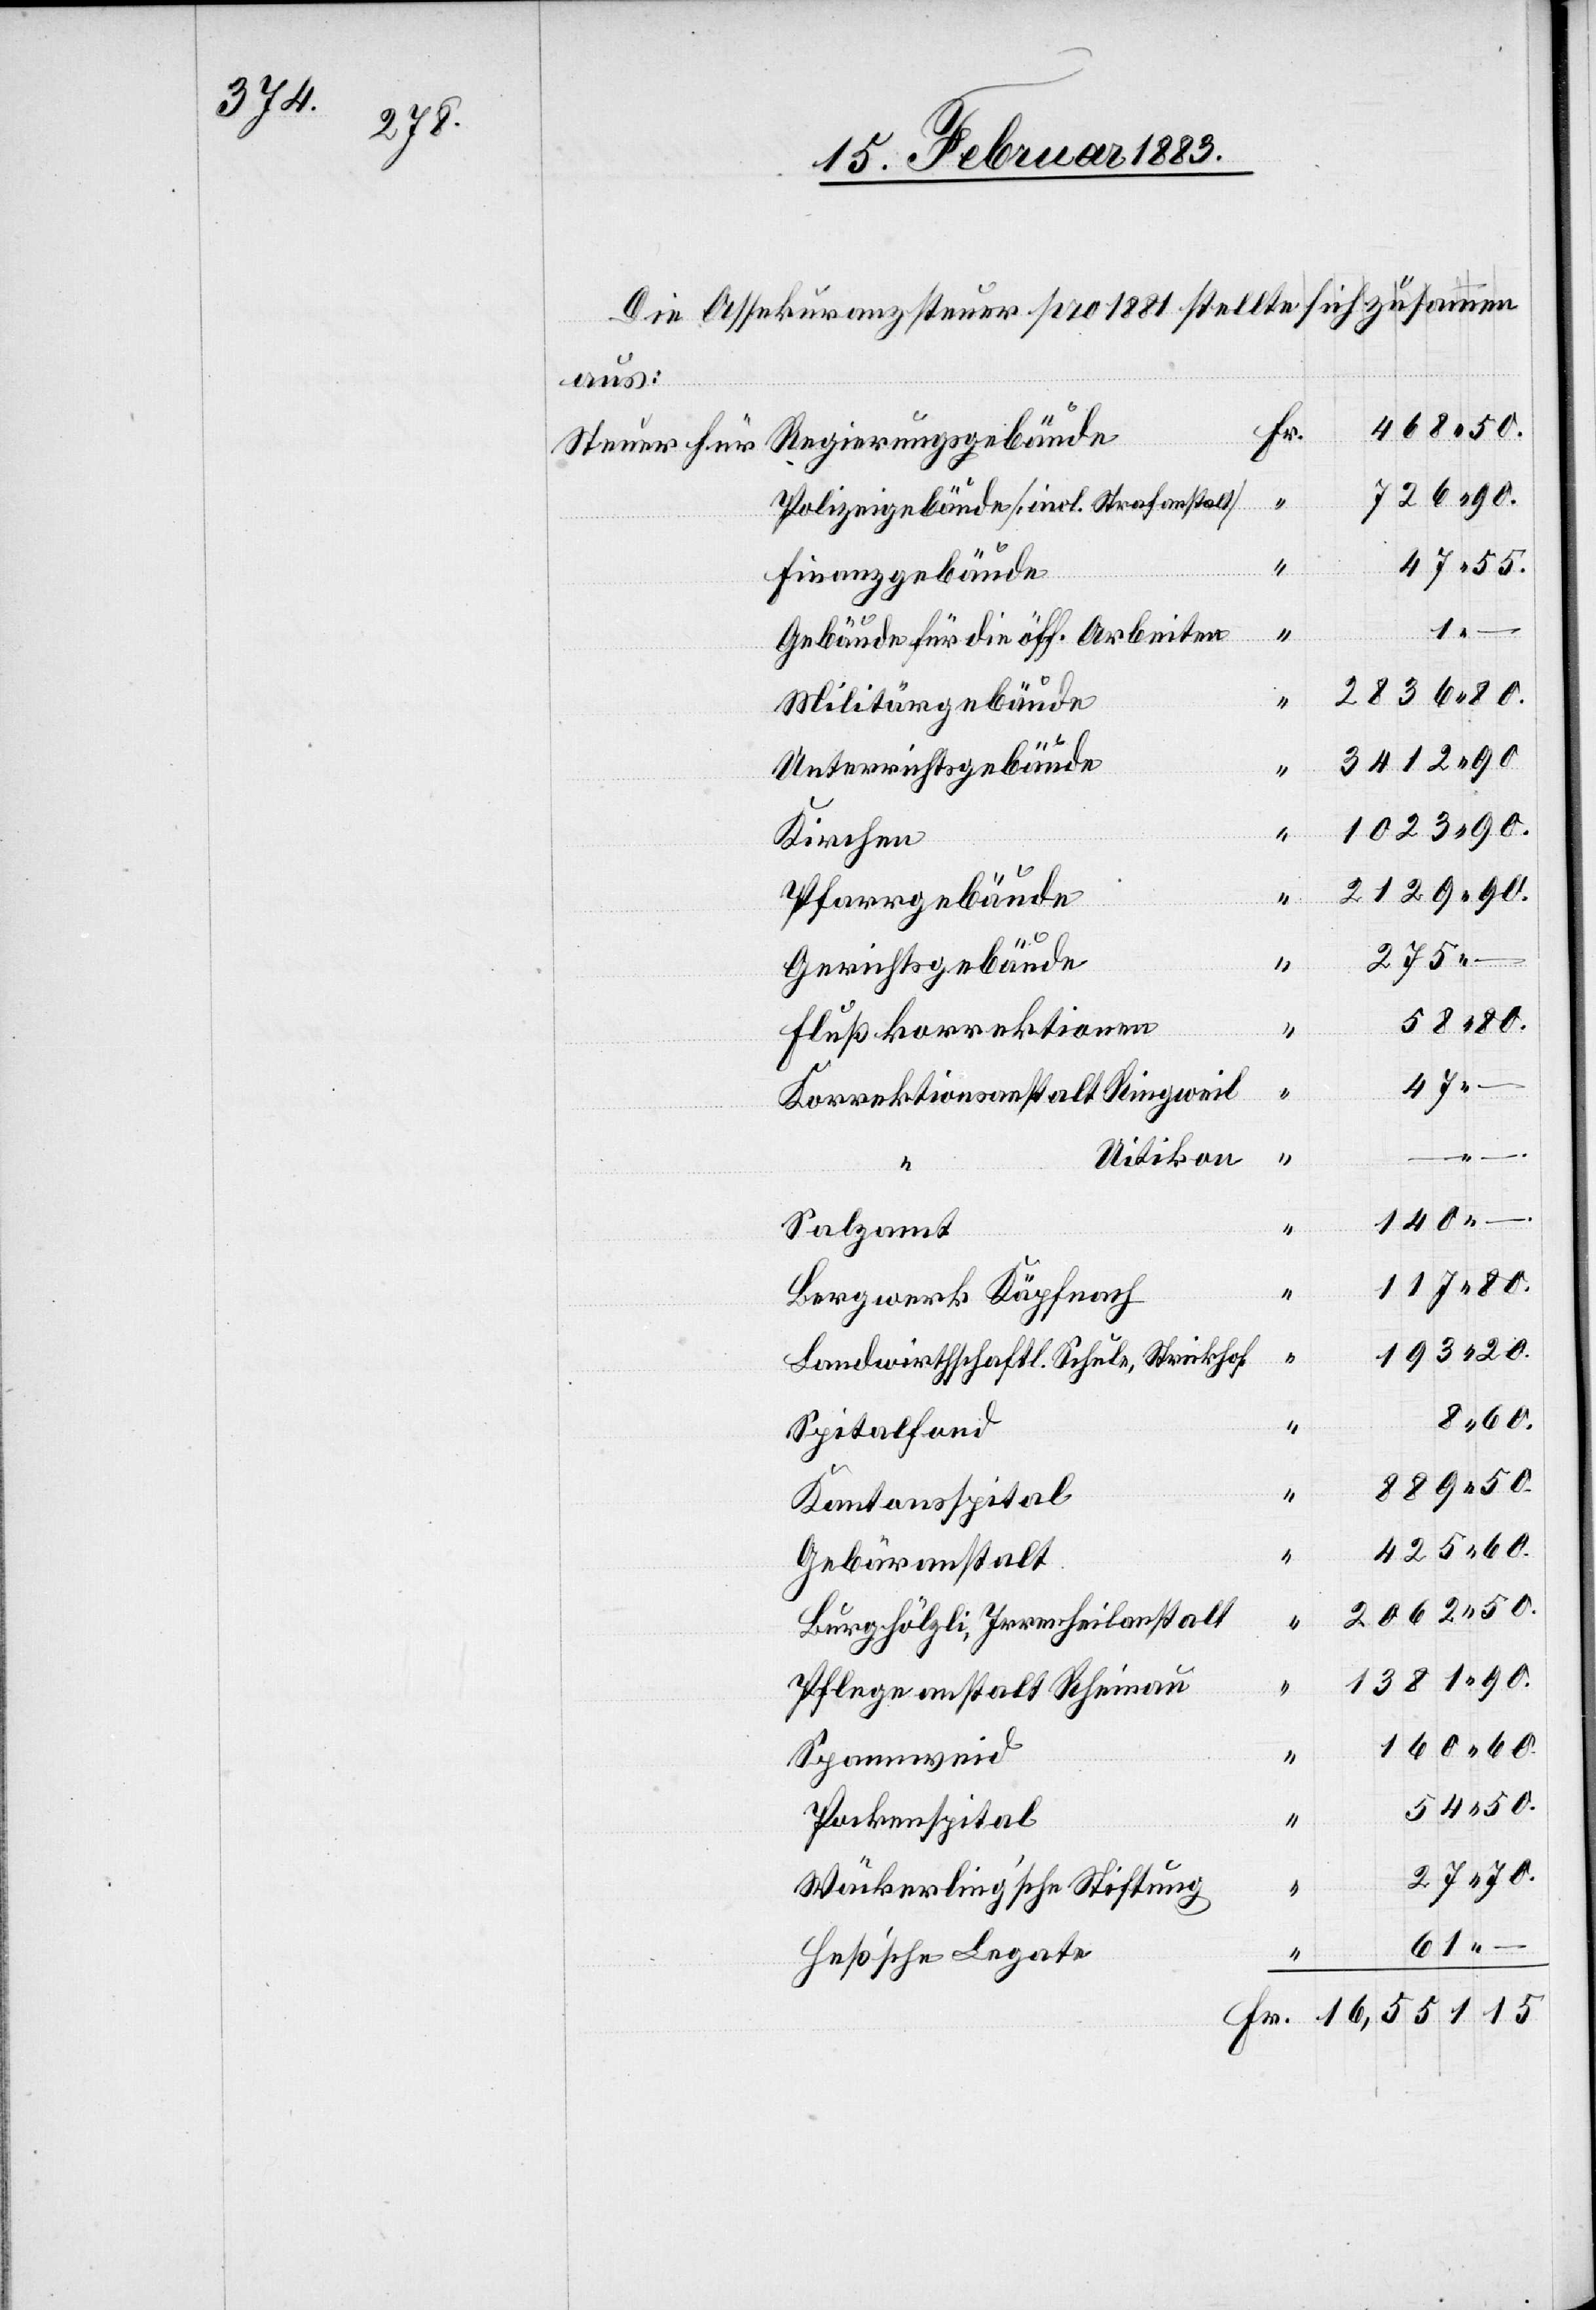
Die Assekuranzsteuer pro 1881 stellte sich zusammen
aus:
Regierungsgebäude
Steuer für
Polizeigebäude [incl. Strafanstalt]
Finanzgebäude
Gebäude für die öff. Arbeiten
Militärgebäude
Unterrichtsgebäude
Kirchen
Pfarrgebäude
275
90.
Gerichtsgebäude
–
Flußkorrektionen
47
80.
Korrektionsanstalt Ringweil
15.
Uitikon
140
Salzamt
Bergwerk Käpfnach
Landwirthschaftl. Schule, Strickhof
80.
1
Spitalfond
425
Kantonsspital
Gebäranstalt
Burghölzli, Irrenheilanstalt
Pflegeanstalt Rheinau
Spannweid
Pockenspital
Wäckerlingʼsche Stiftung
“
Heßʼsche Legate
“
16,551
Fr.